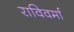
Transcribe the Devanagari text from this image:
राविवर्मा